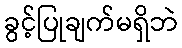
ခွင့်ပြုချက်မရှိဘဲ